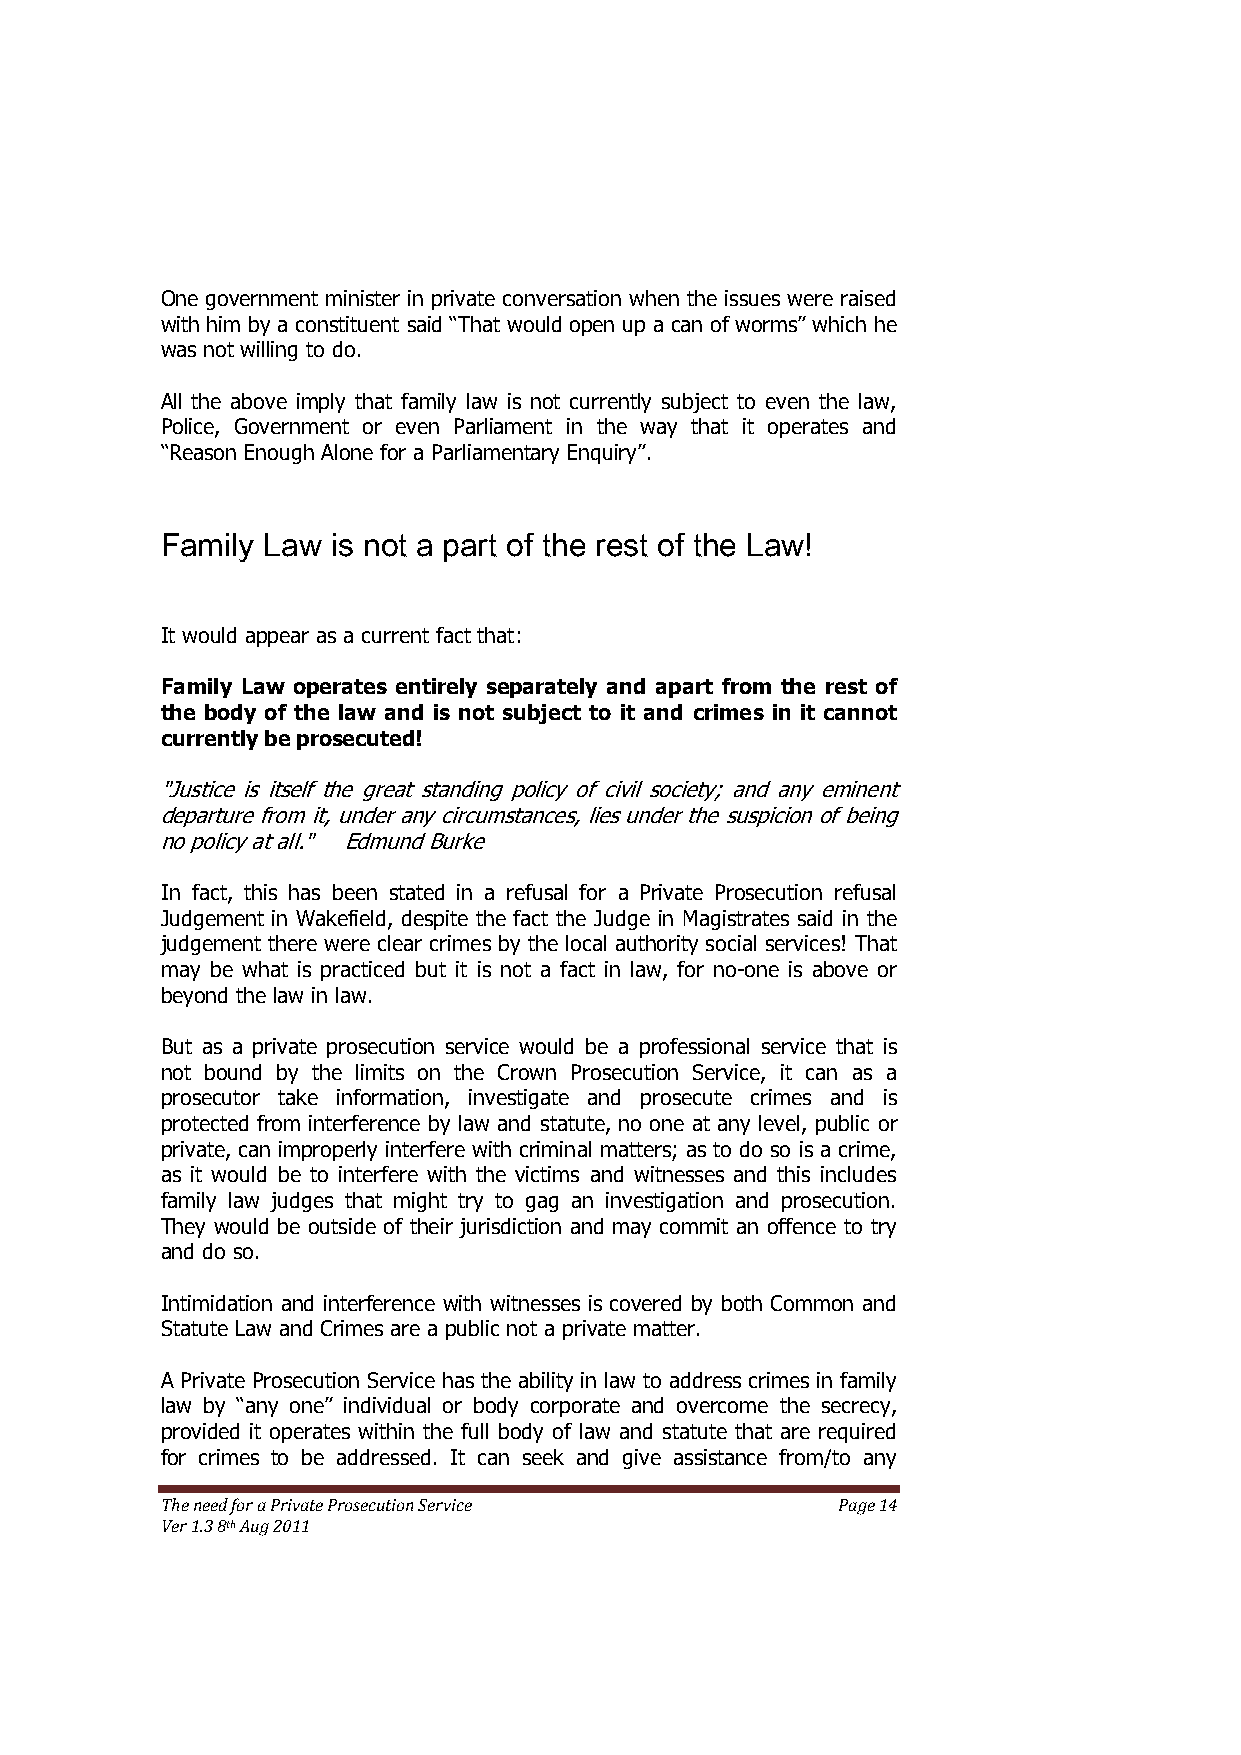
One government minister in private conversation when the issues were raised
 with him by a constituent said ―That would open up a can of worms‖ which he
 was not willing to do.
 All the above imply that family law is not currently subject to even the law,
 Police, Government or even Parliament in the way that it operates and
 ―Reason Enough Alone for a Parliamentary Enquiry‖.
 Family Law is not a part of the rest of the Law!
 It would appear as a current fact that:
 Family Law operates entirely separately and apart from the rest of
 the body of the law and is not subject to it and crimes in it cannot
 currently be prosecuted!
 "Justice is itself the great standing policy of civil society; and any eminent
 departure from it, under any circumstances, lies under the suspicion of being
 no policy at all." Edmund Burke
 In fact, this has been stated in a refusal for a Private Prosecution refusal
 Judgement in Wakefield, despite the fact the Judge in Magistrates said in the
 judgement there were clear crimes by the local authority social services! That
 may be what is practiced but it is not a fact in law, for no-one is above or
 beyond the law in law.
 But as a private prosecution service would be a professional service that is
 not bound by the limits on the Crown Prosecution Service, it can as a
 prosecutor take information, investigate and prosecute crimes and is
 protected from interference by law and statute, no one at any level, public or
 private, can improperly interfere with criminal matters; as to do so is a crime,
 as it would be to interfere with the victims and witnesses and this includes
 family law judges that might try to gag an investigation and prosecution.
 They would be outside of their jurisdiction and may commit an offence to try
 and do so.
 Intimidation and interference with witnesses is covered by both Common and
 Statute Law and Crimes are a public not a private matter.
 A Private Prosecution Service has the ability in law to address crimes in family
 law by ―any one‖ individual or body corporate and overcome the secrecy,
 provided it operates within the full body of law and statute that are required
 for crimes to be addressed. It can seek and give assistance from/to any
 The need for a Private Prosecution Service  Page 14
 Ver 1.3 8th Aug 2011